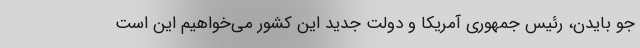
جو بایدن، رئیس جمهوری آمریکا و دولت جدید این کشور می‌خواهیم این است